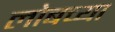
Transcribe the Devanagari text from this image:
लोबच्या